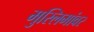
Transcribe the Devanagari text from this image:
मुस्लिमांवर